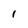
Character: 1